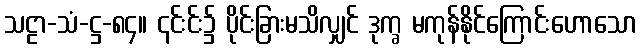
သဠာ-သံ-ဋ္ဌ-၈၄။ ၎င်းင်း၌ ပိုင်းခြားမသိလျှင် ဒုက္ခ မကုန်နိုင်ကြောင်းဟောသော